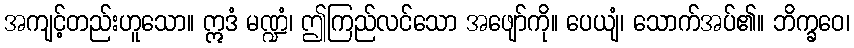
အကျင့်တည်းဟူသော။ ဣဒံ မဏ္ဍံ၊ ဤကြည်လင်သော အဖျော်ကို။ ပေယျံ၊ သောက်အပ်၏။ ဘိက္ခဝေ၊